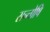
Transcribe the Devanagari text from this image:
सन्तोषि